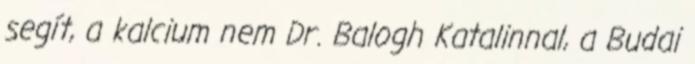
segít, a kalcium nem Dr. Balogh Katalinnal, a Budai